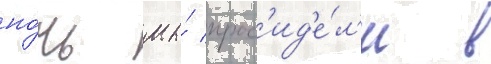
но́чь мы́ прос'ид'е́л'и в